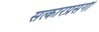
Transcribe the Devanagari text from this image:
सत्कारप्रसंगी